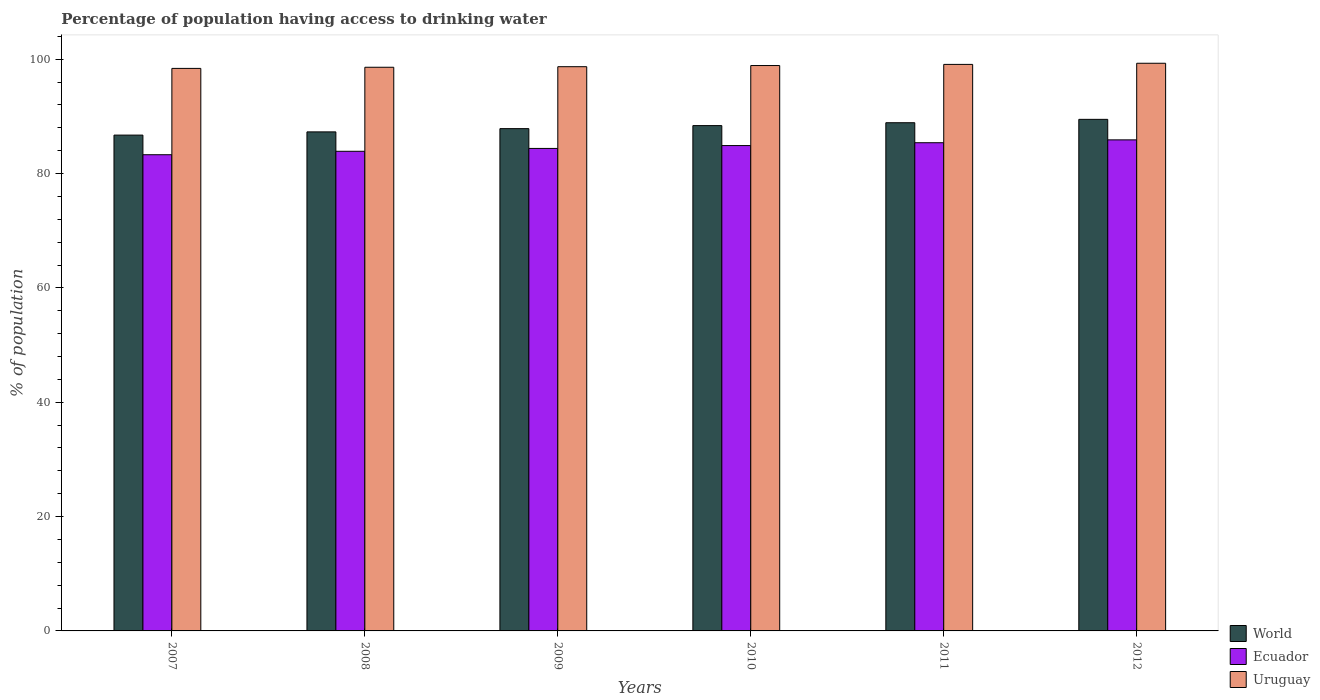
| Years | World | Ecuador | Uruguay |
 | --- | --- | --- | --- |
 | 2007 | 86.7 | 83.3 | 98.4 |
 | 2008 | 87.3 | 83.9 | 98.6 |
 | 2009 | 87.9 | 84.4 | 98.7 |
 | 2010 | 88.4 | 84.9 | 98.9 |
 | 2011 | 88.9 | 85.4 | 99.1 |
 | 2012 | 89.5 | 85.9 | 99.3 |